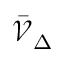
{ \bar { \mathcal { V } } } _ { \Delta }